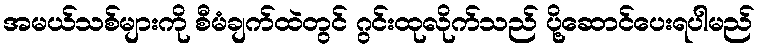
အမယ်သစ်များကို စီမံချက်ထဲတွင် ဂွင်းထုလိုက်သည် ပို့ဆောင်ပေးရပါမည်